Indian journal of veterinary science and animal husbandry - Volumes 24-25, 1954-1955
Year: 1954
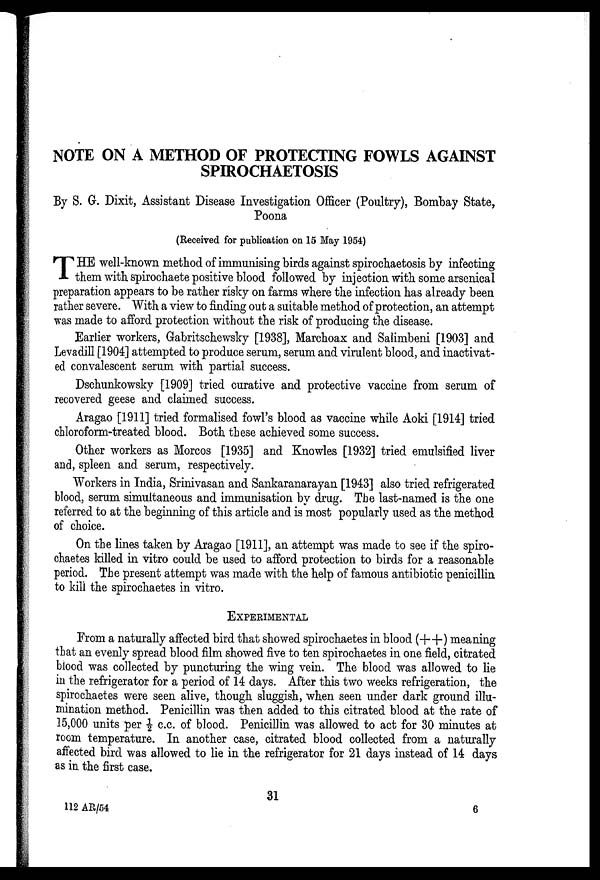
NOTE ON A METHOD OF PROTECTING FOWLS AGAINST
SPIROCHAETOSIS
By S. G. Dixit, Assistant Disease Investigation Officer (Poultry), Bombay State,
Poona
(Received for publication on 15 May 1954)
T HE well-known method of immunising birds against spirochaetosis by infecting
them with spirochaete positive blood followed by injection with some arsenical
preparation appears to be rather risky on farms where the infection has already been
rather severe. With a view to finding out a suitable method of protection, an attempt
was made to afford protection without the risk of producing the disease.
Earlier workers, Gabritschewsky [1938], Marchoax and Salimbeni [1903] and
Levadill [1904] attempted to produce serum, serum and virulent blood, and inactivat-
ed convalescent serum with partial success.
Dschunkowsky [1909] tried curative and protective vaccine from serum of
recovered geese and claimed success.
Aragao [1911] tried formalised fowl's blood as vaccine while Aoki [1914] tried
chloroform-treated blood. Both these achieved some success.
Other workers as Morcos [1935] and Knowles [1932] tried emulsified liver
and, spleen and serum, respectively.
Workers in India, Srinivasan and Sankaranarayan [1943] also tried refrigerated
blood, serum simultaneous and immunisation by drug. The last-named is the one
referred to at the beginning of this article and is most popularly used as the method
of choice.
On the lines taken by Aragao [1911], an attempt was made to see if the spiro-
chaetes killed in vitro could be used to afford protection to birds for a reasonable
period. The present attempt was made with the help of famous antibiotic penicillin
to kill the spirochaetes in vitro.
EXPERIMENTAL
From a naturally affected bird that showed spirochaetes in blood (++) meaning
that an evenly spread blood film showed five to ten spirochaetes in one field, citrated
blood was collected by puncturing the wing vein. The blood was allowed to lie
in the refrigerator for a period of 14 days. After this two weeks refrigeration, the
spirochaetes were seen alive, though sluggish, when seen under dark ground illu-
mination method. Penicillin was then added to this citrated blood at the rate of
15,000 units per ½ c.c. of blood. Penicillin was allowed to act for 30 minutes at
room temperature. In another case, citrated blood collected from a naturally
affected bird was allowed to lie in the refrigerator for 21 days instead of 14 days
as in the first case.
31
112 AR/54
6